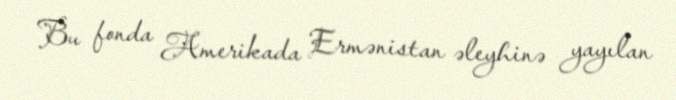
Bu fonda Amerikada Ermənistan əleyhinə yayılan